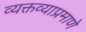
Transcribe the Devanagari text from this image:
व्यक्तव्याप्रमाणे